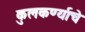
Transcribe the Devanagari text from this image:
कुलकर्ण्याचे